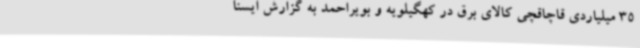
35 میلیاردی قاچاقچی کالای برق در کهگیلویه و بویراحمد به گزارش ایسنا